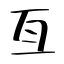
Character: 亙